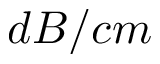
d B / c m